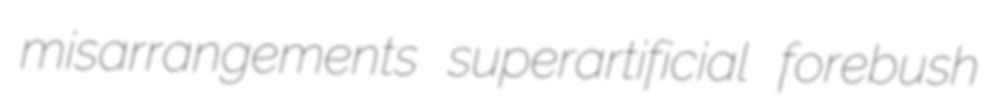
misarrangements superartificial forebush